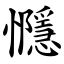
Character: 㦩